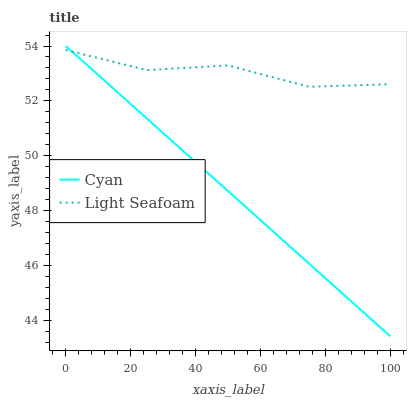
| xaxis_label | Cyan | Light Seafoam |
 | --- | --- | --- |
 | 0 | 54 | 53.9 |
 | 25 | 51.4 | 53.1 |
 | 50 | 48.7 | 53.3 |
 | 75 | 46.1 | 52.5 |
 | 100 | 43.4 | 52.6 |